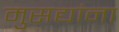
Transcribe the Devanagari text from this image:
मुसद्यांना